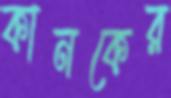
কানকের